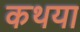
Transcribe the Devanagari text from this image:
कथया